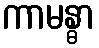
ကာမန္ဓာ